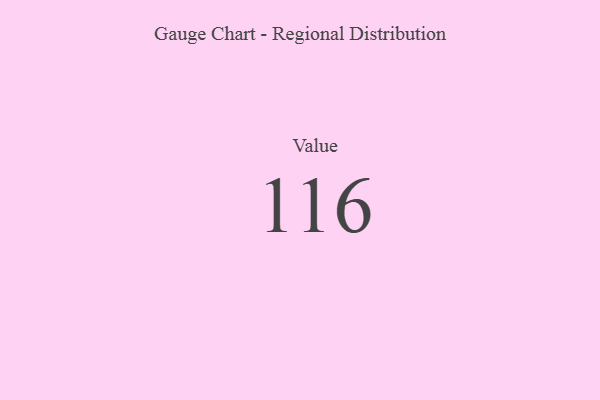
{"axis": {"x": "Metric", "y": "Value"}, "legend": [""], "data": [{"x": "Value", "y": 116, "type": ""}]}